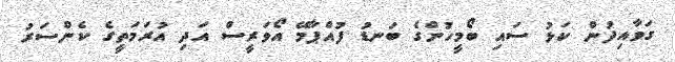
ގަވާއިދުން ކަޅު ސައި ބޯމީހުންގެ ބަނޑު ފުއްޕާމޭ އޯވަރީސް އަދި އުރަމަތީގެ ކެންސަރު